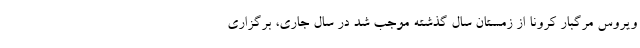
ویروس مرگبار کرونا از زمستان سال گذشته موجب شد در سال جاری، برگزاری